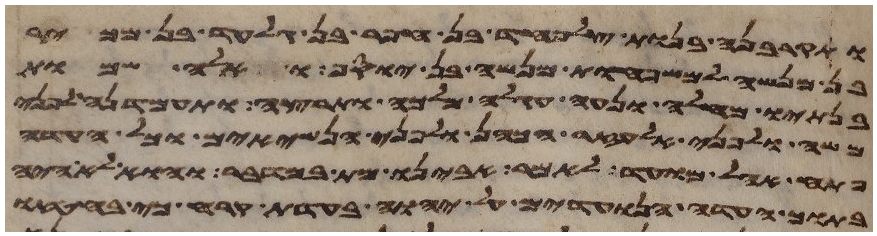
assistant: ותקרבנה בנות צלפחד בן חפר בן גלעד בן מכיר
בן מנשה למשפחות מנשה בן יוסף ואלה שמות
בנתיו מחלה ונעה חגלה מלכה ותרצה ותעמדנה לפני
משה ולפני אלעזר הכהן ולפני הנשיאים וכל העדה
פתח אהל מועד לאמר אבינו מת במדבר והוא לא היה
בתוך העדה הנועדים על יהוה בעדת קרח כי בחטאו